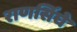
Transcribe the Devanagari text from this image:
राणसिंघे